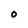
Character: 0